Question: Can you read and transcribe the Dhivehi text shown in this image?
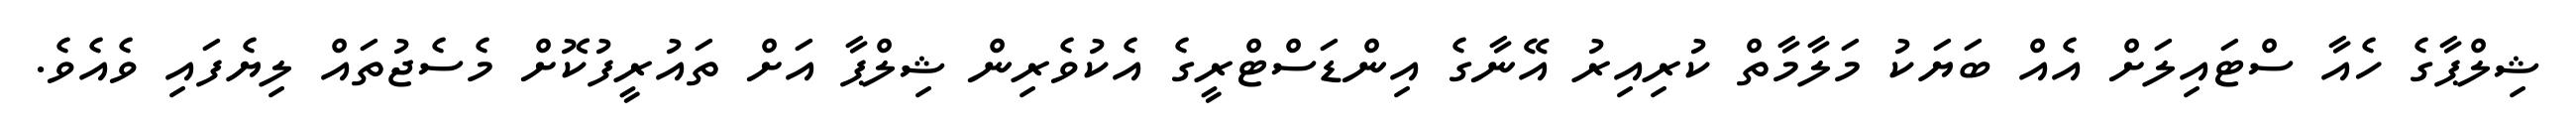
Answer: ޝިލްޕާގެ ހެއާ ސްޓައިލަށް އެއް ބަޔަކު މަލާމާތް ކުރިއިރު އޭނާގެ އިންޑަސްޓްރީގެ އެކުވެރިން ޝިލްޕާ އަށް ތައުރީފުކޮށް މެސެޖުތައް ލިޔެފައި ވެއެވެ.